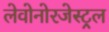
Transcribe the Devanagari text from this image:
लेवोनोरजेस्ट्रल